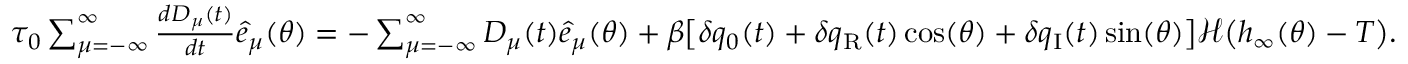
\begin{array} { r } { \tau _ { 0 } \sum _ { \mu = - \infty } ^ { \infty } \frac { d D _ { \mu } ( t ) } { d t } { \hat { e } _ { \mu } ( \theta ) } = - \sum _ { \mu = - \infty } ^ { \infty } D _ { \mu } ( t ) \hat { e } _ { \mu } ( \theta ) + \beta \big [ \delta q _ { 0 } ( t ) + \delta q _ { \mathrm { { R } } } ( t ) \cos ( \theta ) + \delta q _ { \mathrm { { I } } } ( t ) \sin ( \theta ) \big ] \mathcal { H } \big ( h _ { \infty } ( \theta ) - T \big ) . } \end{array}